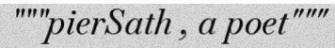
"""pierSath , a poet"""